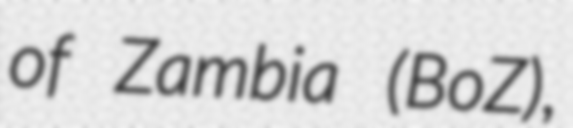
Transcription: of Zambia (BoZ),